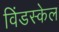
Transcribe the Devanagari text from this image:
विंडस्केल